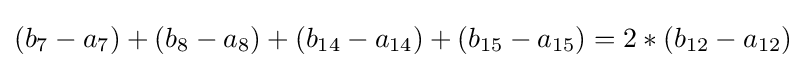
(b_{7}-a_{7})+(b_{8}-a_{8})+(b_{14}-a_{14})+(b_{15}-a_{15})=2*(b_{12}-a_{12})